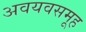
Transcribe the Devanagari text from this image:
अवयवसमूह